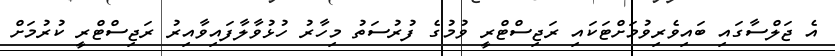
އެ ޖަލްސާގައި ބައިވެރިވުމަށްޓަކައި ރަޖިސްޓްރީ ވުމުގެ ފުރުސަތު މިހާރު ހުޅުވާލާފައިވާއިރު ރަޖިސްޓްރީ ކުރުމަށް